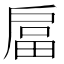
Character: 𭠇